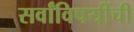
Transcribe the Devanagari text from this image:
सर्वांविषयींची